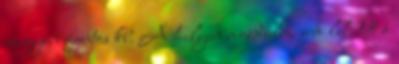
nagyon fontos kb. A helyen mozdulni sem lehetett a